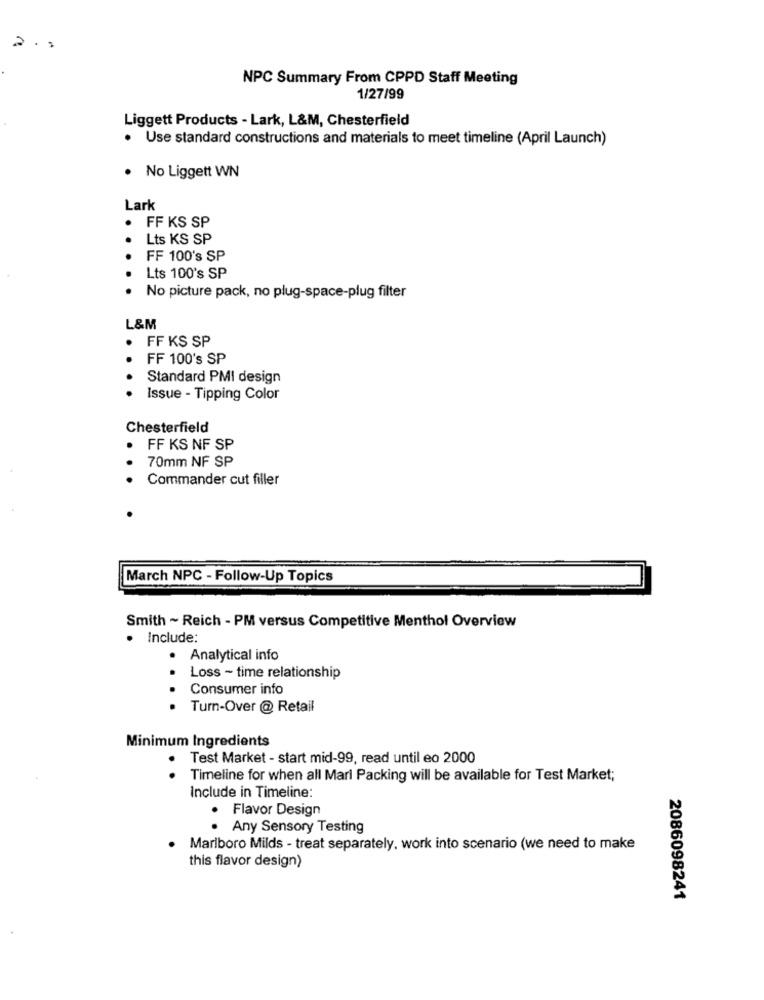
2.
NPC Summary From CPPD Staff Meeting
1/27/99
Liggett Products - Lark, L&M, Chesterfield
.
Use standard constructions and materials to meet timeline (April Launch)
· No Liggett WN
Lark
· FF KS SP
Lts KS SP
FF 100's SP
Lts 100's SP
No picture pack, no plug-space-plug filter
L&M
· FF KS SP
FF 100's SP
Standard PMI design
Issue - Tipping Color
Chesterfield
.
FF KS NF SP
70mm NF SP
.
Commander cut filler
March NPC - Follow-Up Topics
Smith ~ Reich - PM versus Competitive Menthol Overview
Include:
. Analytical info
Loss - time relationship
...
Consumer info
Turn-Over @ Retail
Minimum Ingredients
Test Market - start mid-99, read until eo 2000
Timeline for when all Marl Packing will be available for Test Market;
Include in Timeline:
. Flavor Design
. Any Sensory Testing
Marlboro Milds - treat separately, work into scenario (we need to make
this flavor design)
2086098241